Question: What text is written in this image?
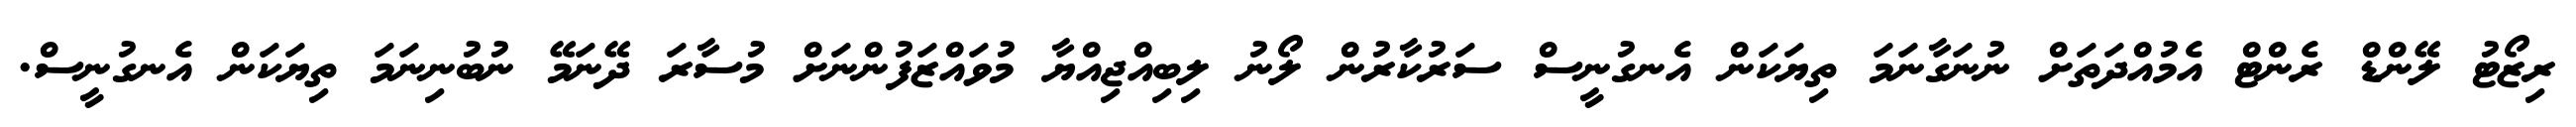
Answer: ރިޒޯޓު ލޭންޑް ރެންޓް އެމުއްދަތަށް ނުނަގާނަމަ ތިޔަކަން އެނގުނީސް ސަރުކާރުން ލޯނު ލިބިއްޖިއްޔާ މުވައްޒަފުންނަށް މުސާރަ ދޭނަމޭ ނުބުނިނަމަ ތިޔަކަން އެނގުނީސް.